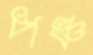
পঞ্চ